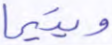
ويتيما